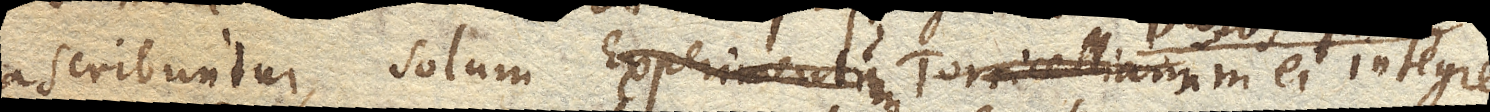
ascribuntur, solum Experimentum Torricellianum Baroscopium ei integre